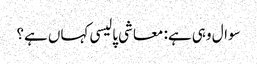
سوال وہی ہے: معاشی پالیسی کہاں ہے؟